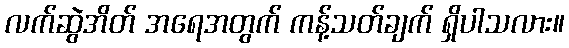
လက်ဆွဲအိတ် အရေအတွက် ကန့်သတ်ချက် ရှိပါသလား။